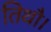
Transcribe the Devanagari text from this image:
तिथौ।